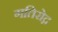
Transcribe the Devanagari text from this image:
गतिरोद्ग